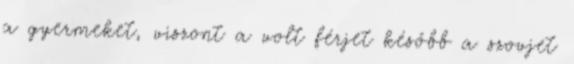
a gyermeket, viszont a volt férjet később a szovjet